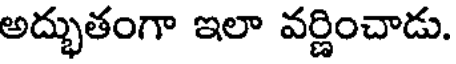
అద్భుతంగా ఇలా వర్ణించాడు.